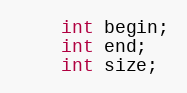
Language: C
    int begin;
    int end;
    int size;